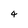
Character: 4